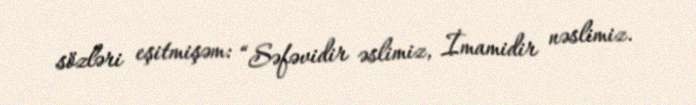
sözləri eşitmişəm: “Səfəvidir əslimiz, İmamidir nəslimiz.